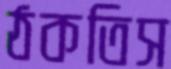
ঠকতিস